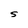
Character: S